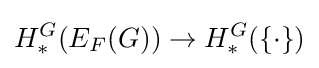
H_{*}^{G}(E_{F}(G))\rightarrow H_{*}^{G}(\{\cdot \})